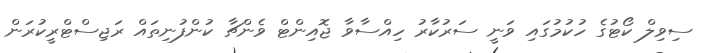
ސިވިލް ކޯޓުގެ ހުކުމުގައި ވަނީ ސަރުކާރު ހިއްސާވާ ޖޮއިންޓް ވެންޗާ ކުންފުނިތައް ރަޖިސްޓްރީކުރަން